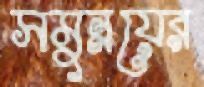
সমুন্নয়ের